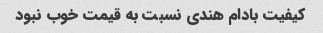
کیفیت بادام هندی نسبت به قیمت خوب نبود